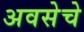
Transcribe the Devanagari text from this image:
अवसेचे